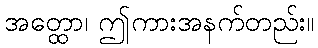
အတ္ထော၊ ဤကားအနက်တည်း။